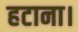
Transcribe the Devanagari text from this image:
हटाना।